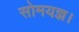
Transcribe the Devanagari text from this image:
सोमयज्ञ।